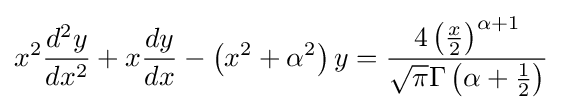
x^{2}{\frac {d^{2}y}{dx^{2}}}+x{\frac {dy}{dx}}-\left(x^{2}+\alpha ^{2}\right)y={\frac {4\left({\frac {x}{2}}\right)^{\alpha +1}}{{\sqrt {\pi }}\Gamma \left(\alpha +{\frac {1}{2}}\right)}}